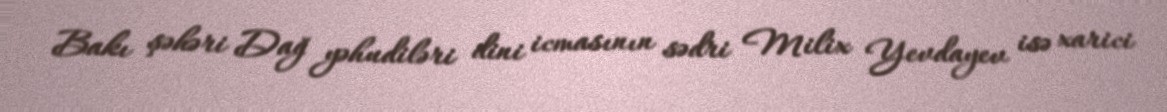
Bakı şəhəri Dağ yəhudiləri dini icmasının sədri Milix Yevdayev isə xarici